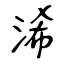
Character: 浠